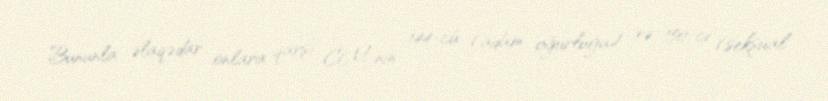
Bununla əlaqədar onlara qarşı CM-nin 144-cü (adam oğurluğu) və 150-ci (seksual